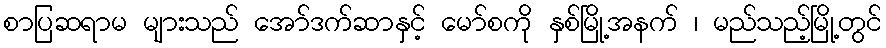
စာပြဆရာမ များသည် အော်ဒက်ဆာနှင့် မော်စကို နှစ်မြို့အနက် ၊ မည်သည့်မြို့တွင်